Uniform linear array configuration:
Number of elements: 8
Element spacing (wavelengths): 0.75
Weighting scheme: blackman
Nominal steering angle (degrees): -15
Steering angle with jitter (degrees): -13.81
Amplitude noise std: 0.05
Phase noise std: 0.05

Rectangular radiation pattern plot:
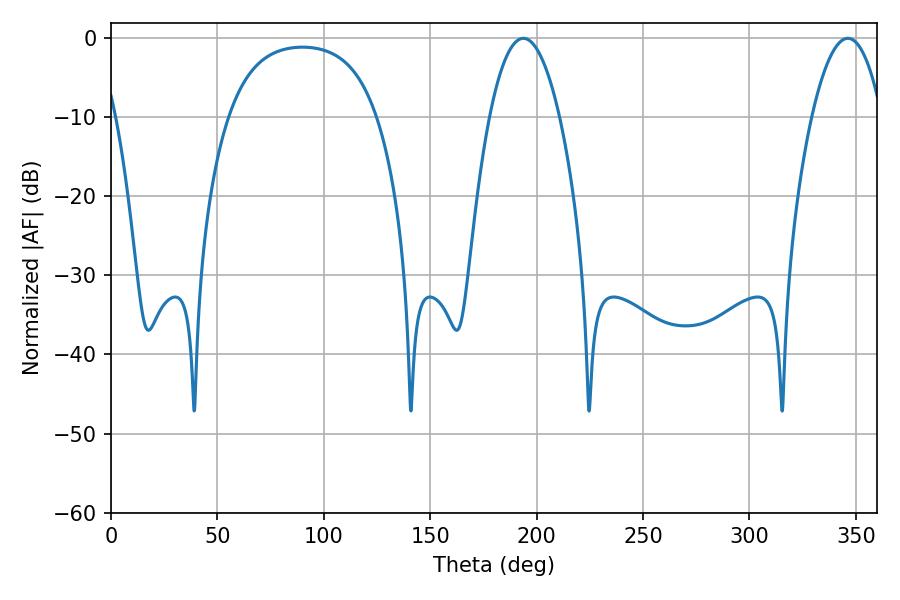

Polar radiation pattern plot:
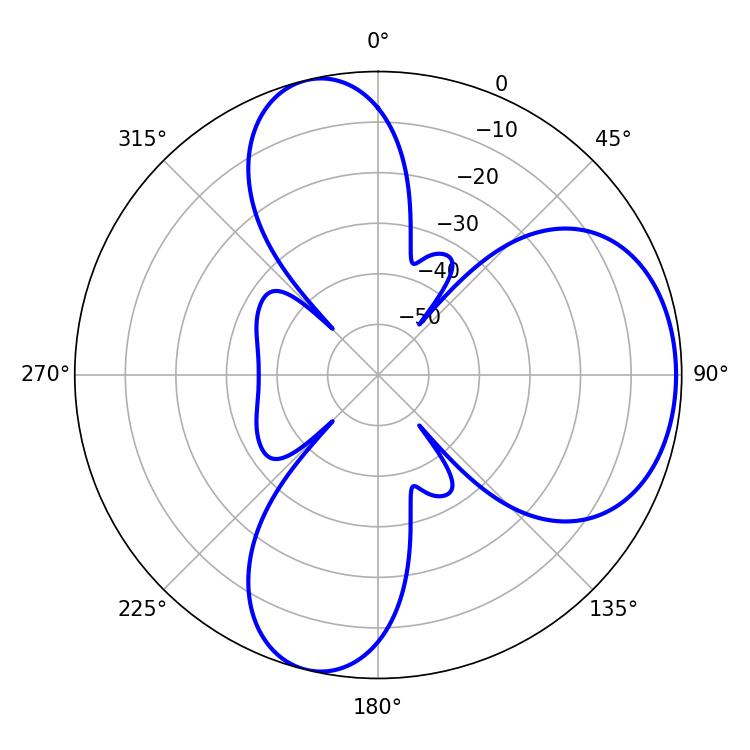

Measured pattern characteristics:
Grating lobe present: TRUE
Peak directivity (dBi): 6.495
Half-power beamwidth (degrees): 18.18
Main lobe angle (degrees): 193.68